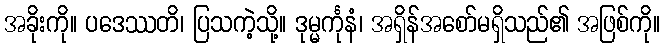
အခိုးကို။ ပဒေဿတိ၊ ပြသကဲ့သို့။ ဒုမ္မင်္ကုနံ၊ အရှိန်အစော်မရှိသည်၏ အဖြစ်ကို။